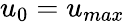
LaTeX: u_{0}=u_{max}